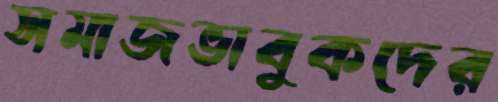
সমাজভাবুকদের